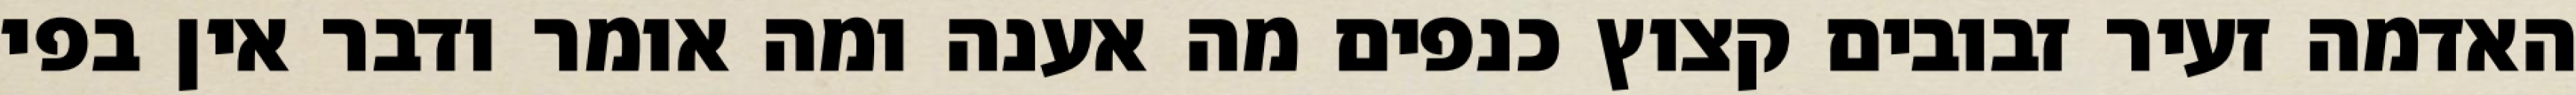
האדמה זעיר זבובים קצוץ כנפים מה אענה ומה אומר ודבר אין בפי